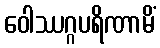
ဝေါဿဂ္ဂပရိဏာမိံ